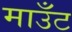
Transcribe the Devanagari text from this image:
माउँट